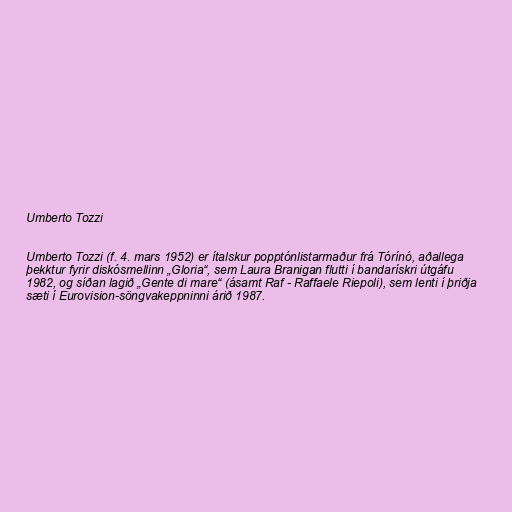
Umberto Tozzi

Umberto Tozzi (f. 4. mars 1952) er ítalskur popptónlistarmaður frá Tórínó, aðallega
þekktur fyrir diskósmellinn „Gloria“, sem Laura Branigan flutti í bandarískri útgáfu
1982, og síðan lagið „Gente di mare“ (ásamt Raf - Raffaele Riepoli), sem lenti í þriðja
sæti í Eurovision-söngvakeppninni árið 1987.